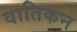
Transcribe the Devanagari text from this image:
वातिकन